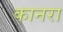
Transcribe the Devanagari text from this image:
कानरा